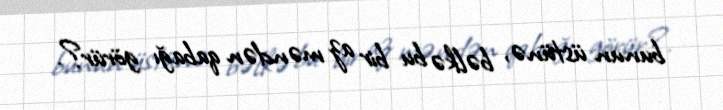
bunun üstünə, bəlkə bu bir az məndən qabağı görür?.